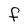
Character: f